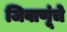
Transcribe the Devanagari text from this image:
जिवाणूंचे